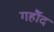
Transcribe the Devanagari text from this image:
गर्हौद